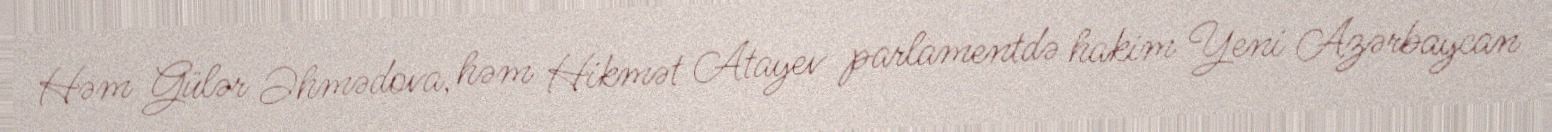
Həm Gülər Əhmədova, həm Hikmət Atayev parlamentdə hakim Yeni Azərbaycan